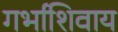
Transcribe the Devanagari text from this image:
गर्भाशिवाय